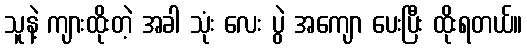
သူနဲ့ ကျားထိုးတဲ့ အခါ သုံး လေး ပွဲ အကျော ပေးပြီး ထိုးရတယ်။